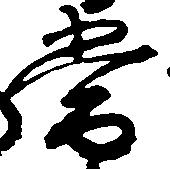
常